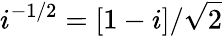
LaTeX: i^{-1/2}=[1-i]/\sqrt{2}